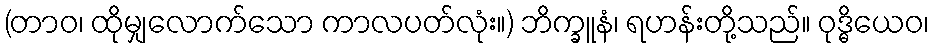
(တာဝ၊ ထိုမျှလောက်သော ကာလပတ်လုံး။) ဘိက္ခူနံ၊ ရဟန်းတို့သည်။ ဝုဒ္ဓိယေဝ၊